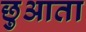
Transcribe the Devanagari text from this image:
छुआता